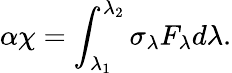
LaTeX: \alpha\chi=\int_{\lambda_{1}}^{\lambda_{2}}\sigma_{\lambda}F_{\lambda}d\lambda.